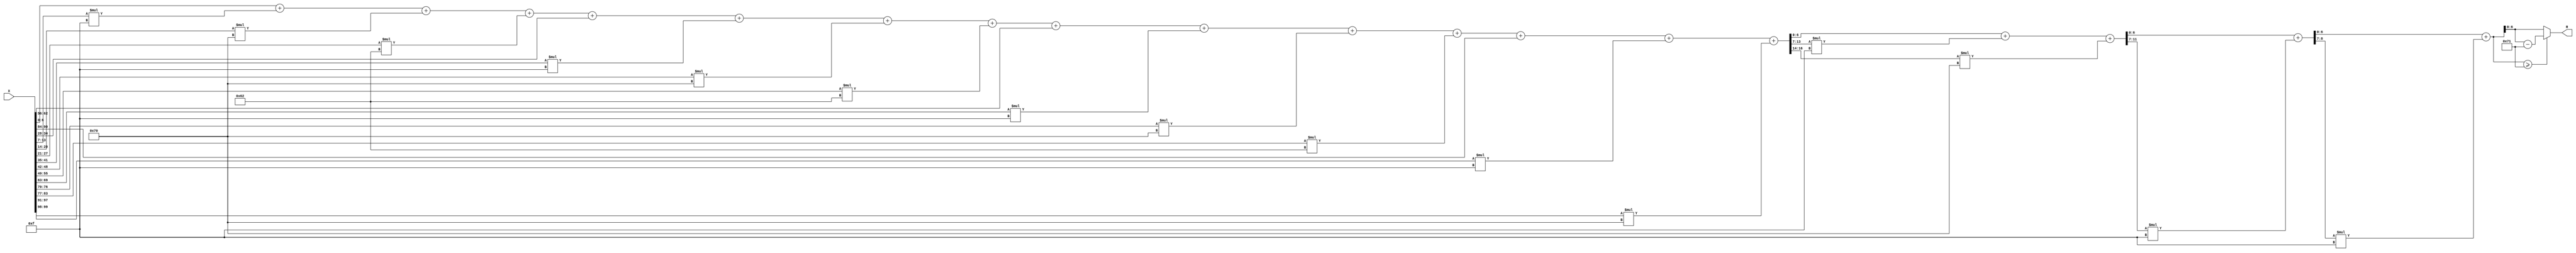
module x_100_mod_113(
    input [100:1] X,
    output [7:1] R
    );

wire [17:1] R_temp_1;
wire [12:1] R_temp_2;
wire [9:1] R_temp_3;
wire [8:1] R_temp_4;
reg [7:1]  R_temp;

assign R_temp_1 = X [ 7 : 1 ]  + X [ 14 : 8 ] * 4'b1111 + X [ 21 : 15 ] * 7'b1110000 + 
						X [ 28 : 22 ] * 7'b1100010 + X [ 35 : 29 ]  + X [ 42 : 36 ] * 4'b1111 + 
						X [ 49 : 43 ] * 7'b1110000 + X [ 56 : 50 ] * 7'b1100010 + X [ 63 : 57 ]  + 
						X [ 70 : 64 ] * 4'b1111 + X [ 77 : 71 ] * 7'b1110000 + 
						X [ 84 : 78 ] * 7'b1100010 + X [ 91 : 85 ]  + X [ 98 : 92 ] * 4'b1111 + 
						X [ 100 : 99 ] * 7'b1110000 ;

assign R_temp_2 = R_temp_1 [ 7 : 1 ]  + R_temp_1 [ 14 : 8 ] * 4'b1111 + R_temp_1 [ 17 : 15 ] * 7'b1110000 ;

assign R_temp_3 = R_temp_2[ 7 : 1 ]  + R_temp_2 [ 12 : 8 ] * 4'b1111 ;

assign R_temp_4 = R_temp_3 [ 7 : 1 ]  + R_temp_3 [ 9 : 8 ] * 4'b1111 ;

always @(R_temp_4)
begin
  if (R_temp_4 >= 7'b1110001)
    R_temp <= R_temp_4 - 7'b1110001;
  else
    R_temp <= R_temp_4;
end

assign R = R_temp;

endmodule